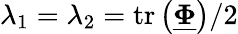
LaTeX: \lambda_{1}=\lambda_{2}=\mathrm{tr}\left(\underline{{\boldsymbol{\Phi}}}\right)/2